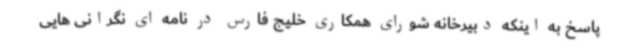
پاسخ به اینکه دبیرخانه شورای همکاری خلیج فارس در نامه ای نگرانی هایی